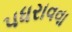
પધરાવવા